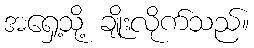
အရှေ့သို့ ချိုးလိုက်သည်။